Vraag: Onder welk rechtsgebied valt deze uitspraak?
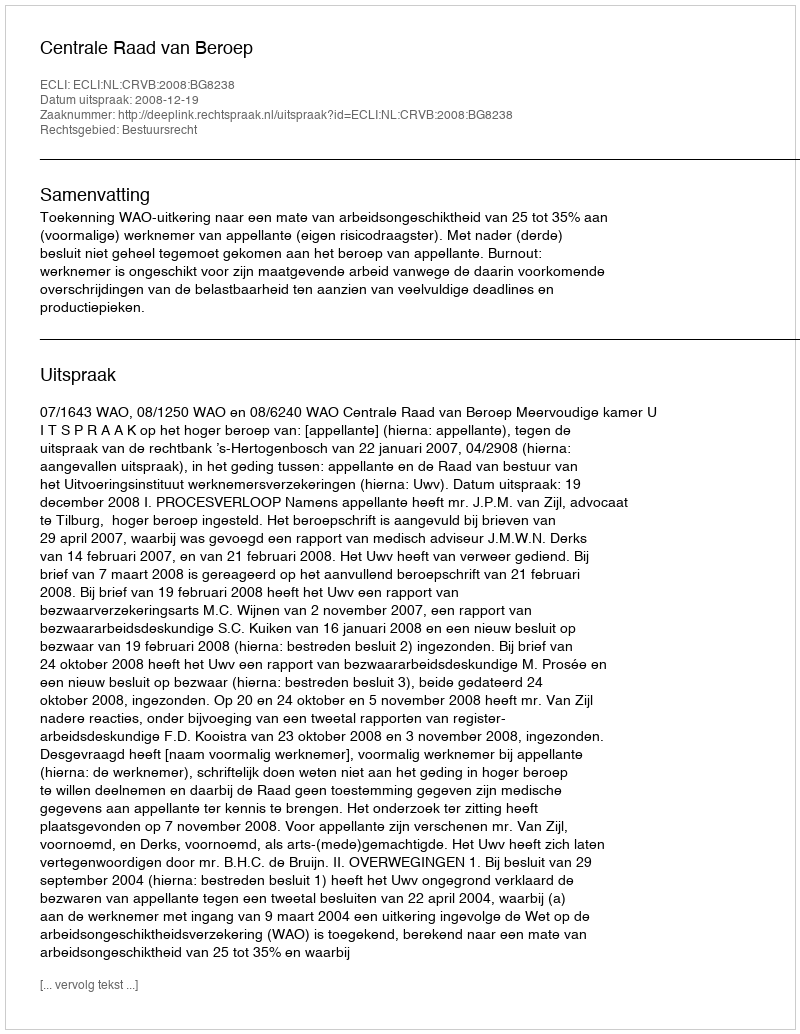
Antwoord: Bestuursrecht